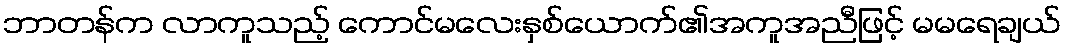
ဘာတန်က လာကူသည့် ကောင်မလေးနှစ်ယောက်၏အကူအညီဖြင့် မမရေချယ်